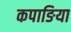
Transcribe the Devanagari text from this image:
कपाङिया